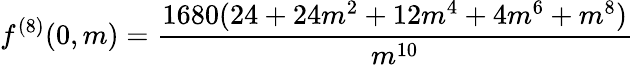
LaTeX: f^{(8)}(0,m)=\frac{1680(24+24m^{2}+12m^{4}+4m^{6}+m^{8})}{m^{10}}